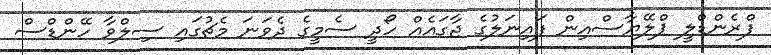
ފްރެންޑްލީ ޕްލޭޔާސްއިން ފައިނަލުގެ ޖާގައެއް ހޯދީ ސެމީގެ ދެވަނަ މެޗުގައި ސިލްވާ ހޭންޑްސް